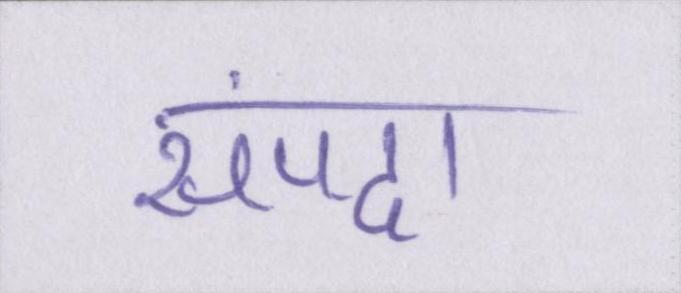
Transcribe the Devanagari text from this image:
संपदा